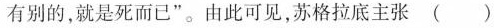
有别的，就是死而已”。由此可见，苏格拉底主张()